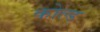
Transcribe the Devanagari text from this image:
कोल्‍ड